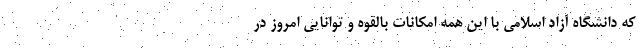
که دانشگاه آزاد اسلامی با این همه امکانات بالقوه و توانایی امروز در